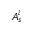
A _ { s } ^ { i }